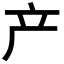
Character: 产